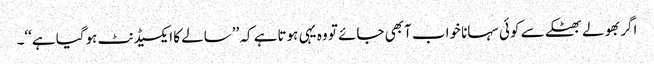
اگر بھولے بھٹکے سے کوئی سہانا خواب آبھی جائے تو وہ یہی ہوتاہے کہ ’’سالے کا ایکسیڈنٹ ہوگیا ہے‘‘۔